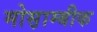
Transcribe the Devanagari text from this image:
मोस़ाम्बीक